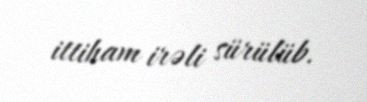
ittiham irəli sürülüb.